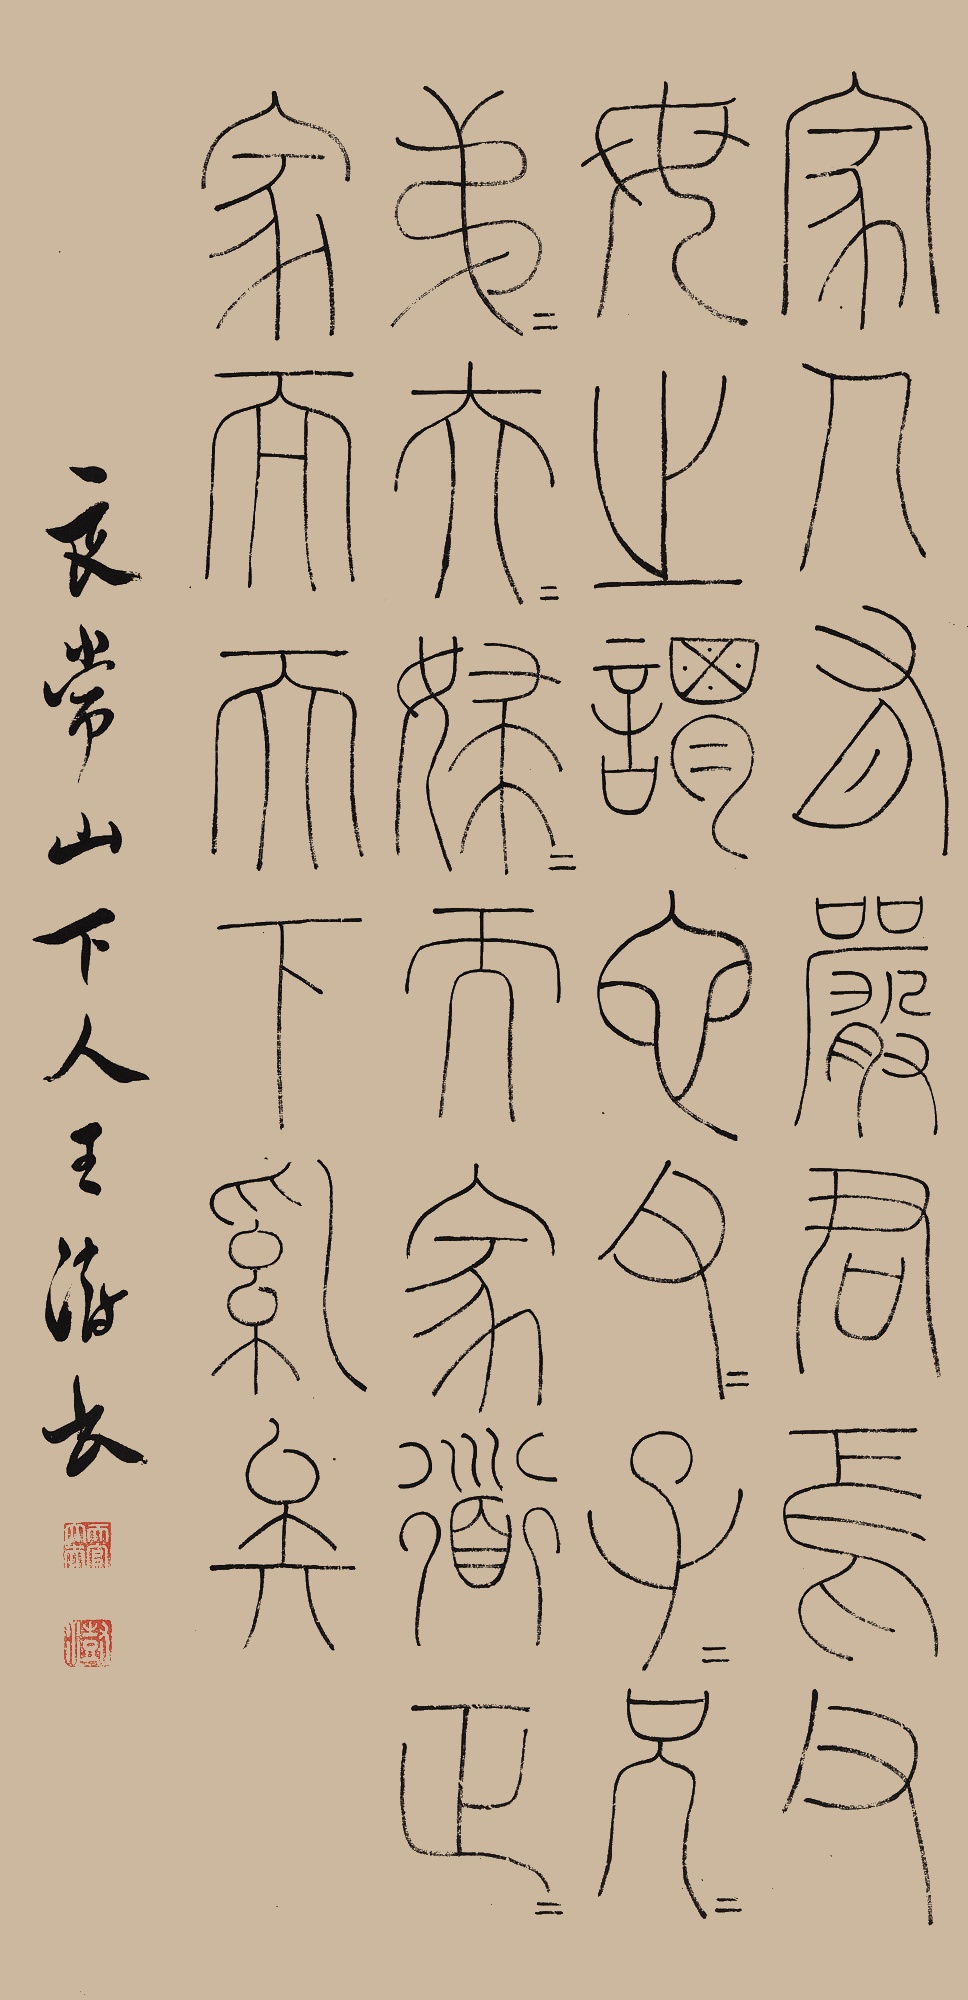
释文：家人有严君焉，父母之谓也。父父子子，兄兄弟弟，夫夫妇妇，而家道正，正家而天下乱矣。良常山下人王澍书。